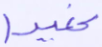
عنيدا